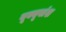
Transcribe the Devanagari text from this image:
यूक्यूवांश